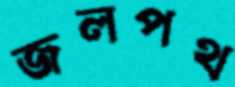
জলপথ